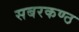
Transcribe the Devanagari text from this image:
सबरकण्ठ